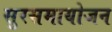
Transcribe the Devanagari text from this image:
सुरसमायोजन